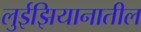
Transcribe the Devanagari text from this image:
लुईझियानातील